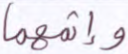
وإثمهما